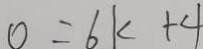
0 = 6 k + 4